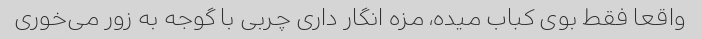
واقعا فقط بوی کباب میده، مزه انگار داری چربی با گوجه به زور می‌خوری